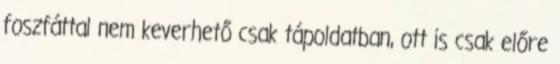
foszfáttal nem keverhető csak tápoldatban, ott is csak előre